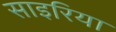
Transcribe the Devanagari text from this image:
साइरिया